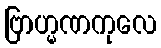
ဗြာဟ္မဏကုလေ